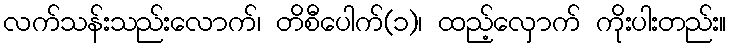
လက်သန်းသည်းလောက်၊ တိစီပေါက်(၁)၊ ထည့်လှောက် ကိုးပါးတည်း။